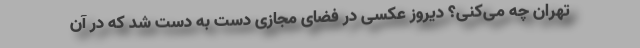
تهران چه می‌کنی؟ دیروز عکسی در فضای مجازی دست به دست شد که در آن